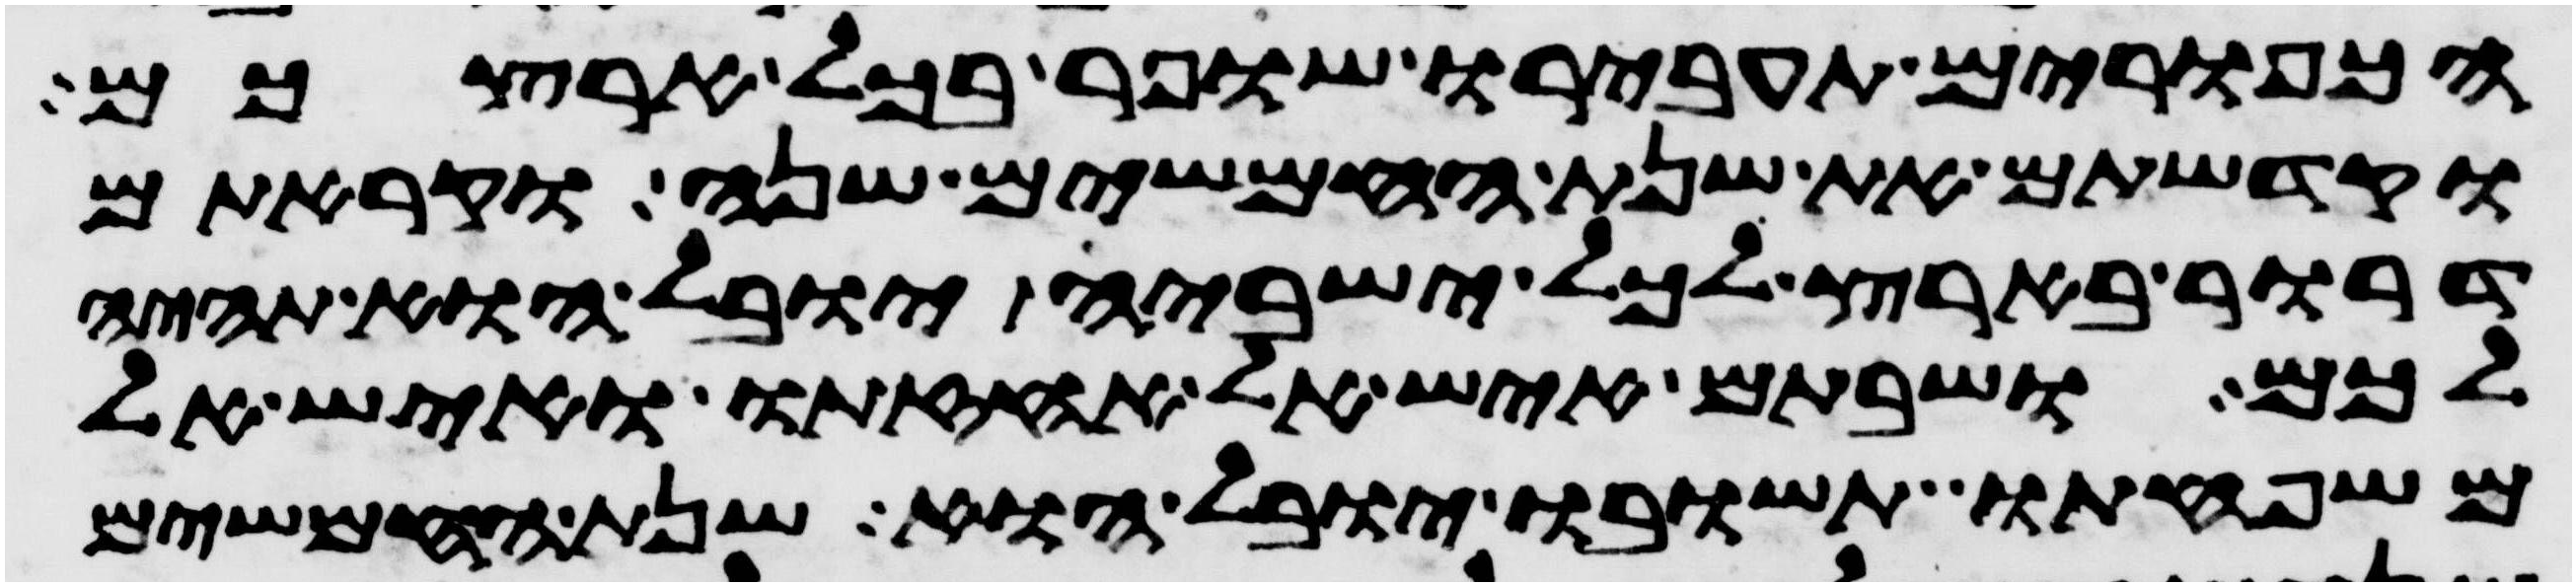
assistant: הכפורים תעבירו שופר בכל ארצכם
וקדשתם את שנת החמשים שנה וקראתם
דרור בארץ לכל ישביה יובל הוא תהיה
לכם ושבתם איש אל אחזתו ואיש אל
משפחתו תשובו יובל הוא שנת החמשים